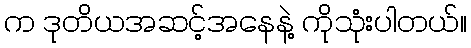
က ဒုတိယအဆင့်အနေနဲ့ ကိုသုံးပါတယ်။